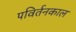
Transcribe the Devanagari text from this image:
पविर्तनकाल